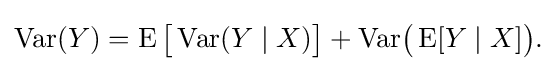
\operatorname {Var} (Y)=\operatorname {E} {\bigl [}\operatorname {Var} (Y\mid X){\bigr ]}+\operatorname {Var} \!{\bigl (}\operatorname {E} [Y\mid X]{\bigr )}.\!